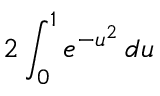
2 \int _ { 0 } ^ { 1 } e ^ { - u ^ { 2 } } \, d u